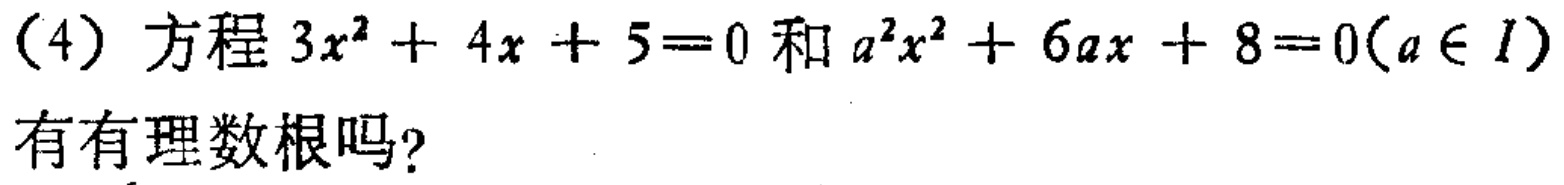
(4) 方程 \(3x^{2}+4x + 5 = 0\) 和 \(a^{2}x^{2}+6ax + 8 = 0(a\in I)\) 有有理数根吗？